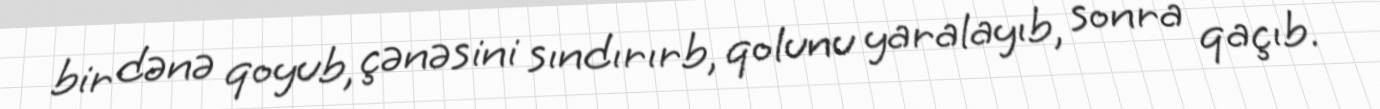
bir dənə qoyub, çənəsini sındırırb, qolunu yaralayıb, sonra qaçıb.